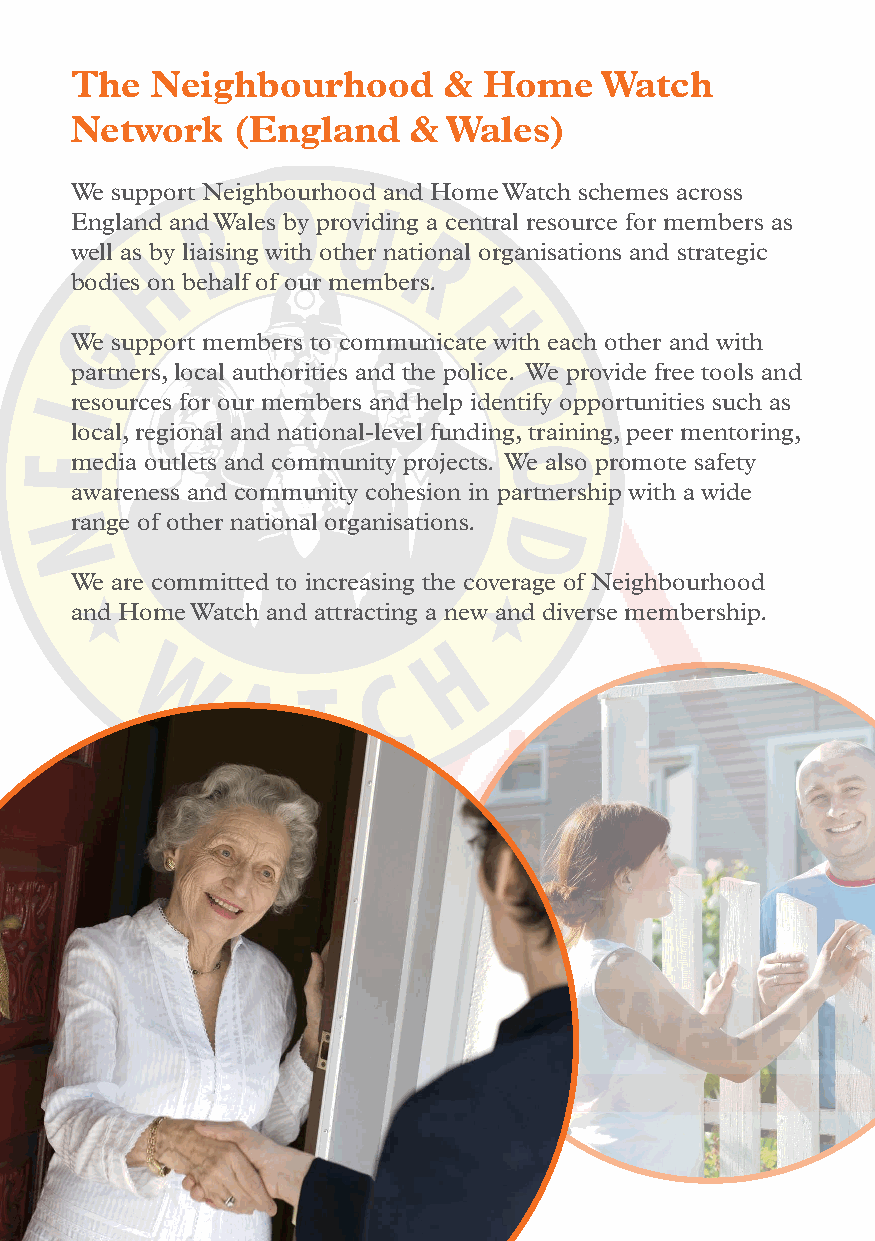
The  Neighbourhood      &  Home    Watch
 Network   (England    & Wales)
 We support Neighbourhood and Home Watch schemes across
 England and Wales by providing a central resource for members as
 well as by liaising with other national organisations and strategic
 bodies on behalf of our members.
 We support members to communicate with each other and with
 partners, local authorities and the police. We provide free tools and
 resources for our members and help identify opportunities such as
 local, regional and national-level funding, training, peer mentoring,
 media outlets and community projects. We also promote safety
 awareness and community cohesion in partnership with a wide
 range of other national organisations.
 We are committed to increasing the coverage of Neighbourhood
 and Home Watch and attracting a new and diverse membership.
 36